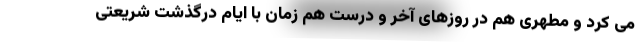
می کرد و مطهری هم در روزهای آخر و درست هم زمان با ایام درگذشت شریعتی